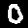
Label: 0